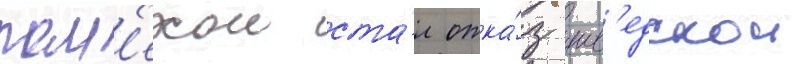
пом'ехои ста́л отка́з шв'едскои